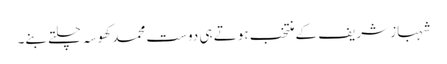
شہباز شریف کے منتخب ہوتے ہی دوست محمد کھوسہ چلتے بنے۔